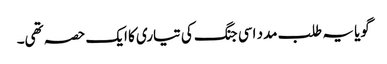
گویا یہ طلب مدد اسی جنگ کی تیاری کا ایک حصہ تھی۔